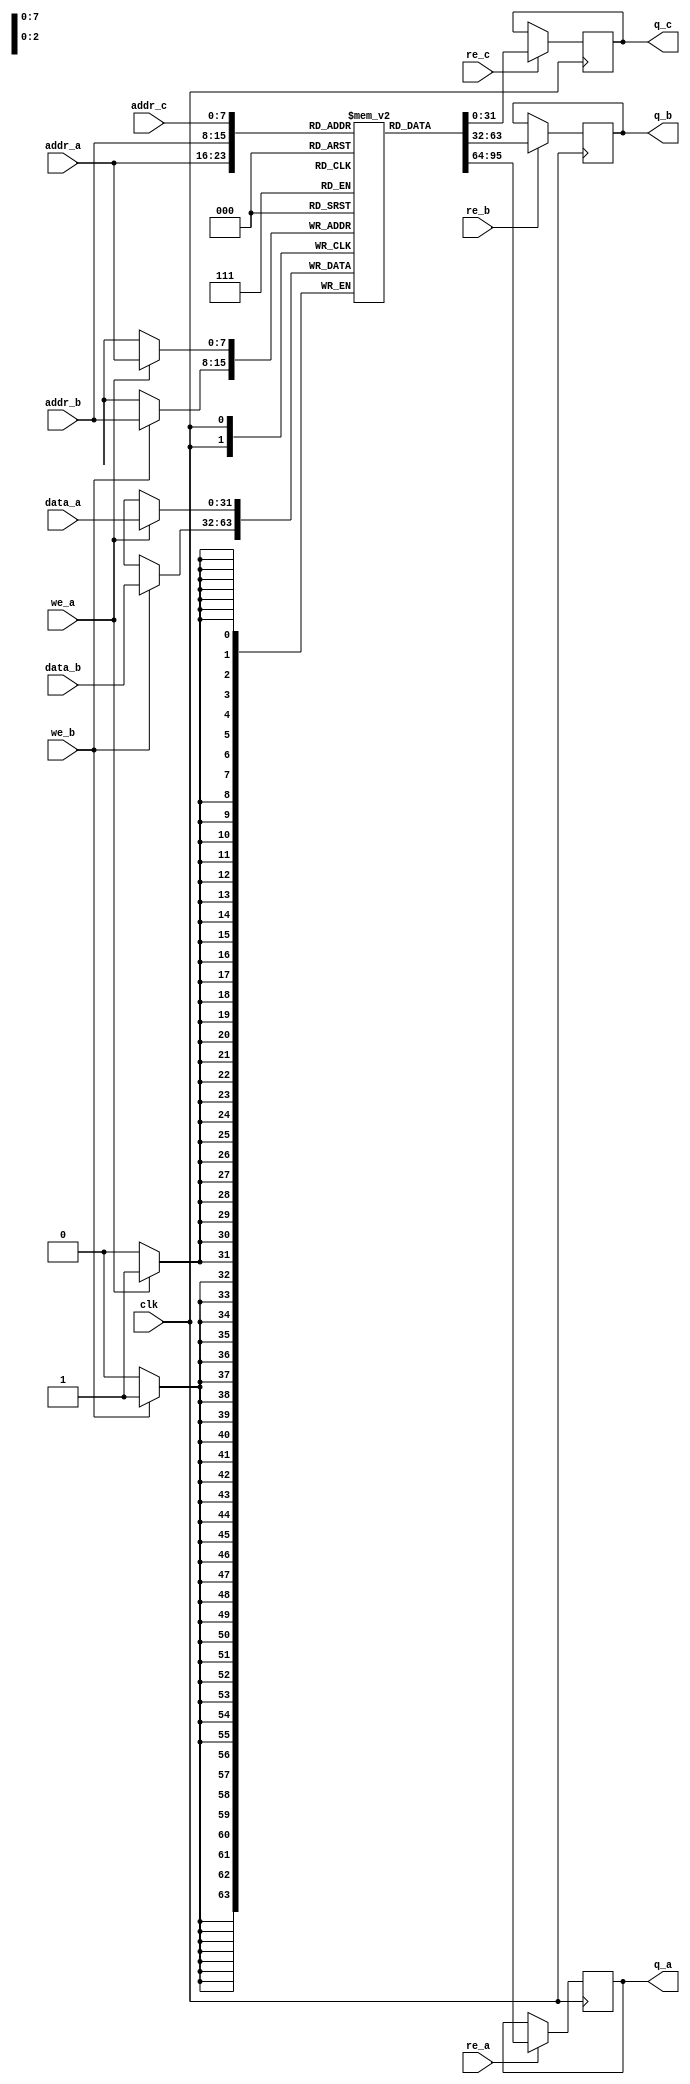
module triple_port_ram #(
    parameter DATA_WIDTH = 32, // Width of each data word
    parameter ADDR_WIDTH = 8   // Number of address bits
)(
    input wire clk,             // Clock signal
    input wire [ADDR_WIDTH-1:0] addr_a, // Address for Port A
    input wire [ADDR_WIDTH-1:0] addr_b, // Address for Port B
    input wire [ADDR_WIDTH-1:0] addr_c, // Address for Port C
    input wire [DATA_WIDTH-1:0] data_a, // Data input for Port A
    input wire [DATA_WIDTH-1:0] data_b, // Data input for Port B
    input wire we_a,            // Write Enable for Port A
    input wire we_b,            // Write Enable for Port B
    input wire re_a,            // Read Enable for Port A
    input wire re_b,            // Read Enable for Port B
    input wire re_c,            // Read Enable for Port C
    output reg [DATA_WIDTH-1:0] q_a, // Data output for Port A
    output reg [DATA_WIDTH-1:0] q_b, // Data output for Port B
    output reg [DATA_WIDTH-1:0] q_c  // Data output for Port C
);

    // Memory array declaration
    reg [DATA_WIDTH-1:0] mem [(2**ADDR_WIDTH)-1:0];

    // Initialize memory at startup (optional)
    initial begin
        // You can initialize memory here if needed
        // For example: mem[0] = 32'h00000000;
    end

    // Port A and Port B operations
    always @(posedge clk) begin
        // Port A operations
        if (we_a) begin
            mem[addr_a] <= data_a; // Write data to memory
        end
        if (re_a) begin
            q_a <= mem[addr_a]; // Read data from memory
        end

        // Port B operations
        if (we_b) begin
            mem[addr_b] <= data_b; // Write data to memory
        end
        if (re_b) begin
            q_b <= mem[addr_b]; // Read data from memory
        end
    end

    // Port C operations (Read Only)
    always @(posedge clk) begin
        if (re_c) begin
            q_c <= mem[addr_c]; // Read data from memory
        end
    end

endmodule